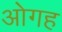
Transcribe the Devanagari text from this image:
ओगह